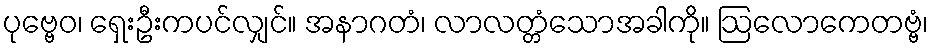
ပုဗ္ဗေဝ၊ ရှေးဦးကပင်လျှင်။ အနာဂတံ၊ လာလတ္တံသောအခါကို။ ဩလောကေတဗ္ဗံ၊